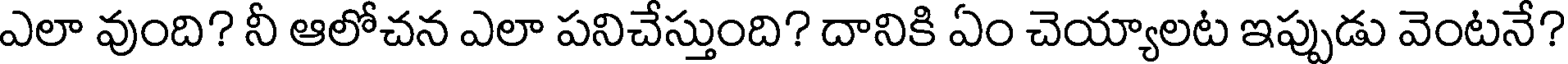
ఎలా వుంది? నీ ఆలోచన ఎలా పనిచేస్తుంది? దానికి ఏం చెయ్యాలట ఇప్పుడు వెంటనే?